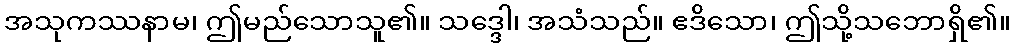
အသုကဿနာမ၊ ဤမည်သောသူ၏။ သဒ္ဒေါ၊ အသံသည်။ ဧဒိသော၊ ဤသို့သဘောရှိ၏။